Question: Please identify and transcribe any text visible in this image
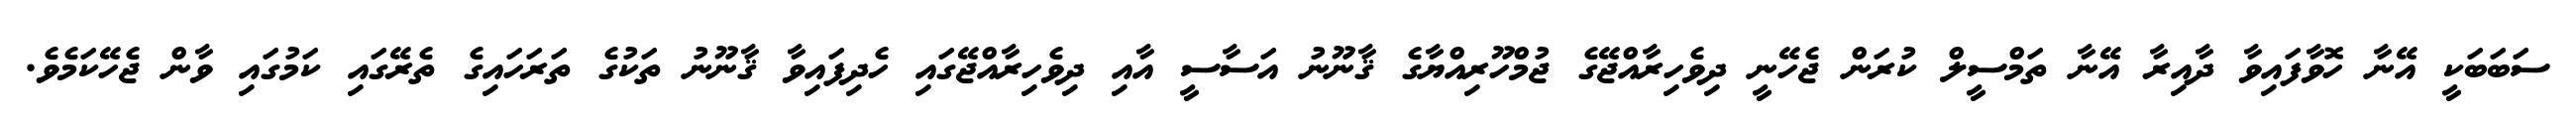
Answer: ސަބަބަކީ އޭނާ ހޮވާފައިވާ ދާއިރާ އޭނާ ތަމްސީލް ކުރަން ޖެހޭނީ ދިވެހިރާއްޖޭގެ ޖުމްހޫރިއްޔާގެ ޤާނޫނު އަސާސީ އާއި ދިވެހިރާއްޖޭގައި ހެދިފައިވާ ޤާނޫނު ތަކުގެ ތަރަހައިގެ ތެރޭގައި ކަމުގައި ވާން ޖެހޭކަމެވެ.